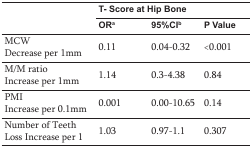
<table><thead><tr><td></td><td colspan="3"><b>T- Score at Hip Bone</b></td></tr><tr><td></td><td><b>ORa</b></td><td><b>95%CIb</b></td><td><b>P Value</b></td></tr></thead><tbody><tr><td>MCW Decrease per 1mm</td><td>0.11</td><td>0.04-0.32</td><td>&lt;0.001</td></tr><tr><td>M/M ratio Increase per 1mm</td><td>1.14</td><td>0.3-4.38</td><td>0.84</td></tr><tr><td>PMI Increase per 0.1mm</td><td>0.001</td><td>0.00-10.65</td><td>0.14</td></tr><tr><td>Number of Teeth Loss Increase per 1</td><td>1.03</td><td>0.97-1.1</td><td>0.307</td></tr></tbody></table>